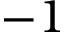
- 1